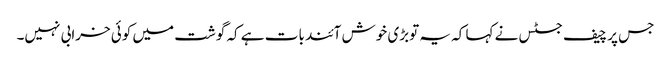
جس پر چیف جسٹس نے کہا کہ یہ توبڑی خوش آئند بات ہے کہ گوشت میں کوئی خرابی نہیں۔